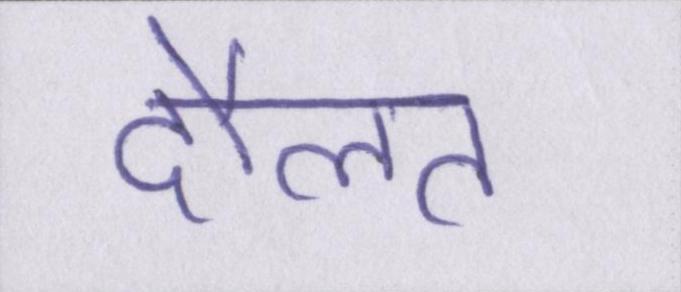
दौलत